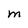
Character: M